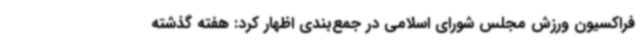
فراکسیون ورزش مجلس شورای اسلامی در جمع‌بندی اظهار کرد: هفته گذشته